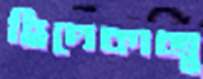
হিদেকাজু